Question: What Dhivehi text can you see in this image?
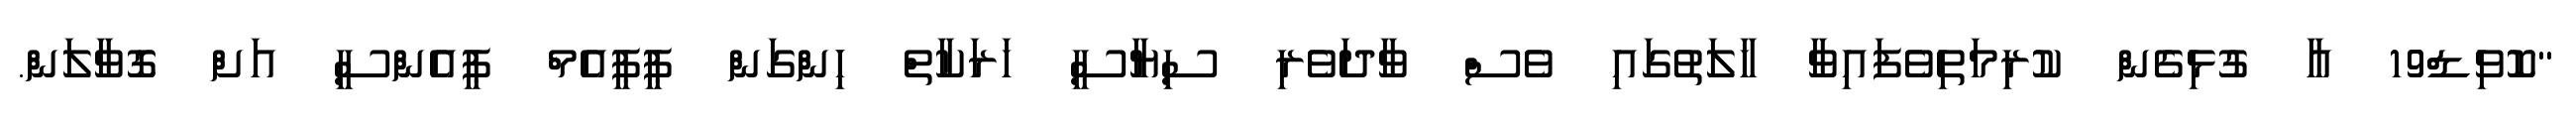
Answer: "ކޮވިޑް19 އާ ގުޅިގެން ކުރިމަތިވެފައިވާ ހާލަތުގައި ވެސް ވާދަވެރި ސިޔާސީ ހަރަކާތް ހިންގަން ޕީޕީއެމް ޕީއެންސީ އަށް ގޮވާލަން.